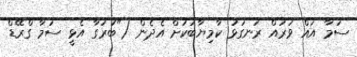
ސަމާ އައް ވަރައް ރަނގަޅު ކާމިޔާބަކަށް އެދެން ("ބުރުގާ އެޅީ ސަމާ ގްރޭޑް